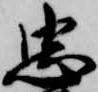
忠